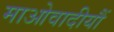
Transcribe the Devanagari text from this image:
माओवादीयौं